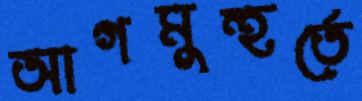
আগমুহুর্তে